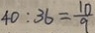
4 0 : 3 6 = \frac { 1 0 } { 9 }